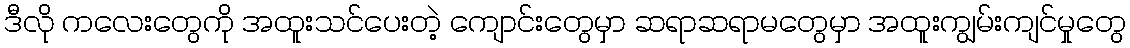
ဒီလို ကလေးတွေကို အထူးသင်ပေးတဲ့ ကျောင်းတွေမှာ ဆရာဆရာမတွေမှာ အထူးကျွမ်းကျင်မှုတွေ